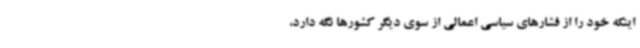
اینکه خود را از فشارهای سیاسی اعمالی از سوی دیگر کشورها نگه دارد،